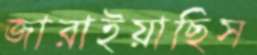
জারাইয়াছিস